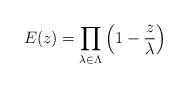
LaTeX: \begin{align*} E(z)=\prod_{\lambda\in \Lambda}\Big(1-\frac{z}{\lambda}\Big)\end{align*}